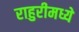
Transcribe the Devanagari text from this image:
राहुरीमध्ये